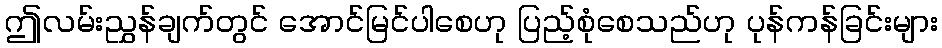
ဤလမ်းညွှန်ချက်တွင် အောင်မြင်ပါစေဟု ပြည့်စုံစေသည်ဟု ပုန်ကန်ခြင်းများ